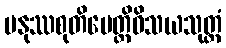
မနုဿစုတိပေတ္တိဝိသယသုတ္တံ